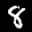
Label: 8